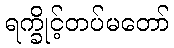
ရက္ခိုင့်တပ်မတော်